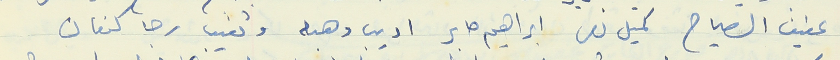
عفيف الصياح كميل نصر ابراهيم صابر اديب وهبه وتغيب رجا كنعان